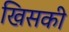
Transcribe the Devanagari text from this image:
खिसकी